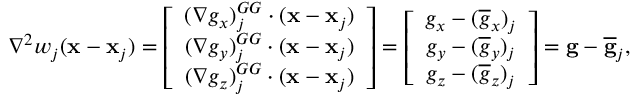
\begin{array} { r } { { \nabla } ^ { 2 } w _ { j } ( { \bf x } - { \bf x } _ { j } ) = \left[ \begin{array} { c } { ( \nabla { g } _ { x } ) _ { j } ^ { G G } \cdot ( { \bf x } - { \bf x } _ { j } ) } \\ { ( \nabla { g } _ { y } ) _ { j } ^ { G G } \cdot ( { \bf x } - { \bf x } _ { j } ) } \\ { ( \nabla { g } _ { z } ) _ { j } ^ { G G } \cdot ( { \bf x } - { \bf x } _ { j } ) } \end{array} \right] = \left[ \begin{array} { c } { \displaystyle { g } _ { x } - ( \overline { { g } } _ { x } ) _ { j } } \\ { \displaystyle { g } _ { y } - ( \overline { { g } } _ { y } ) _ { j } } \\ { \displaystyle { g } _ { z } - ( \overline { { g } } _ { z } ) _ { j } } \end{array} \right] = { \bf g } - \overline { { \bf g } } _ { j } , } \end{array}